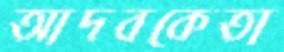
আদবকেতা